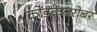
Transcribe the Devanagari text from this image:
कोंडकेंबरोबर